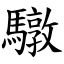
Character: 驐